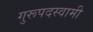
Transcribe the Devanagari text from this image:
गुरूपदस्वामी